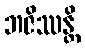
ဘဇိဿန္တိ